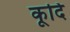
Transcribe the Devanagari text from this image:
कूदि